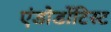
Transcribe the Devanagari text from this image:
एंडोडोंटिस्ट